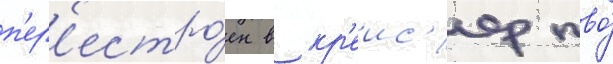
п'ер'естро́ен в кр'еис'ер пво́